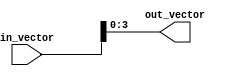
module part_select_assign (
    input [7:0] in_vector,
    output [3:0] out_vector
);

assign out_vector = in_vector[3:0];

endmodule